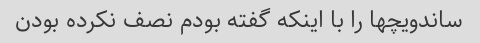
ساندویچها را با اینکه گفته بودم نصف نکرده بودن